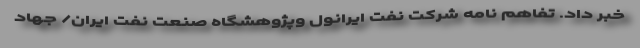
خبر داد. تفاهم نامه شرکت نفت ایرانول وپژوهشگاه صنعت نفت ایران/ جهاد